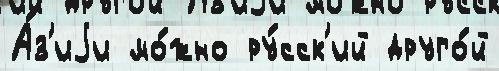
А́з'иjи мо́жно ру́сск'ий друго́й